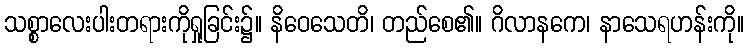
သစ္စာလေးပါးတရားကိုရှုခြင်း၌။ နိဝေသေတိ၊ တည်စေ၏။ ဂိလာနကေ၊ နာသေရဟန်းကို။